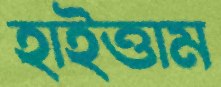
হাইত্তাম